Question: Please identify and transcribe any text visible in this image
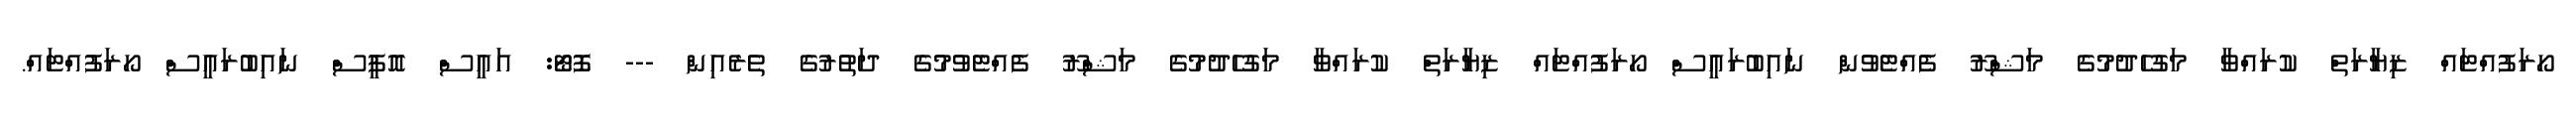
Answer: ހޯރަފުއްޓައް ޒިޔާރަތް ކުރައްވާ މަގުހެދުމުގެ މަޝްރޫ ފެއްޓެވުން ނައިބުރައީސް ހޯރަފުއްޓައް ޒިޔާރަތް ކުރައްވާ މަގުހެދުމުގެ މަޝްރޫ ފެއްޓެވުމުގެ ދަތުރުގެ ތެރެއިން --- ފޮޓޯ: އައީސް އޮފީސް ނައިބުރައީސް ހޯރަފުއްޓައް.